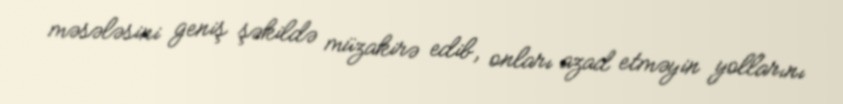
məsələsini geniş şəkildə müzakirə edib, onları azad etməyin yollarını